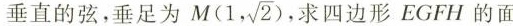
垂直的弦，垂足为M(1, \sqrt{2})求四边形EGFH的面